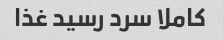
کاملا سرد رسید غذا